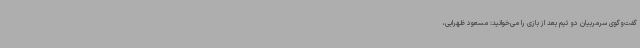
گفت‌وگوی سرمربیان دو تیم بعد از بازی را می‌خوانید: مسعود ظهرابی،